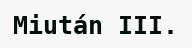
Miután III.